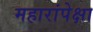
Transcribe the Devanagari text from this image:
महारांपेक्षा